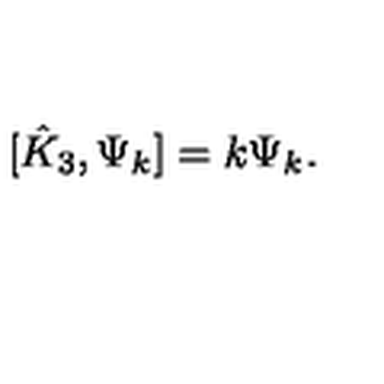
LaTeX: [ \hat { K } _ { 3 } , \Psi _ { k } ] = k \Psi _ { k } .